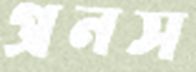
প্রনস